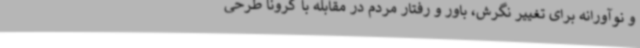
و نوآورانه برای تغییر نگرش، باور و رفتار مردم در مقابله با کرونا طرحی